Lui_Olesk, lk 28
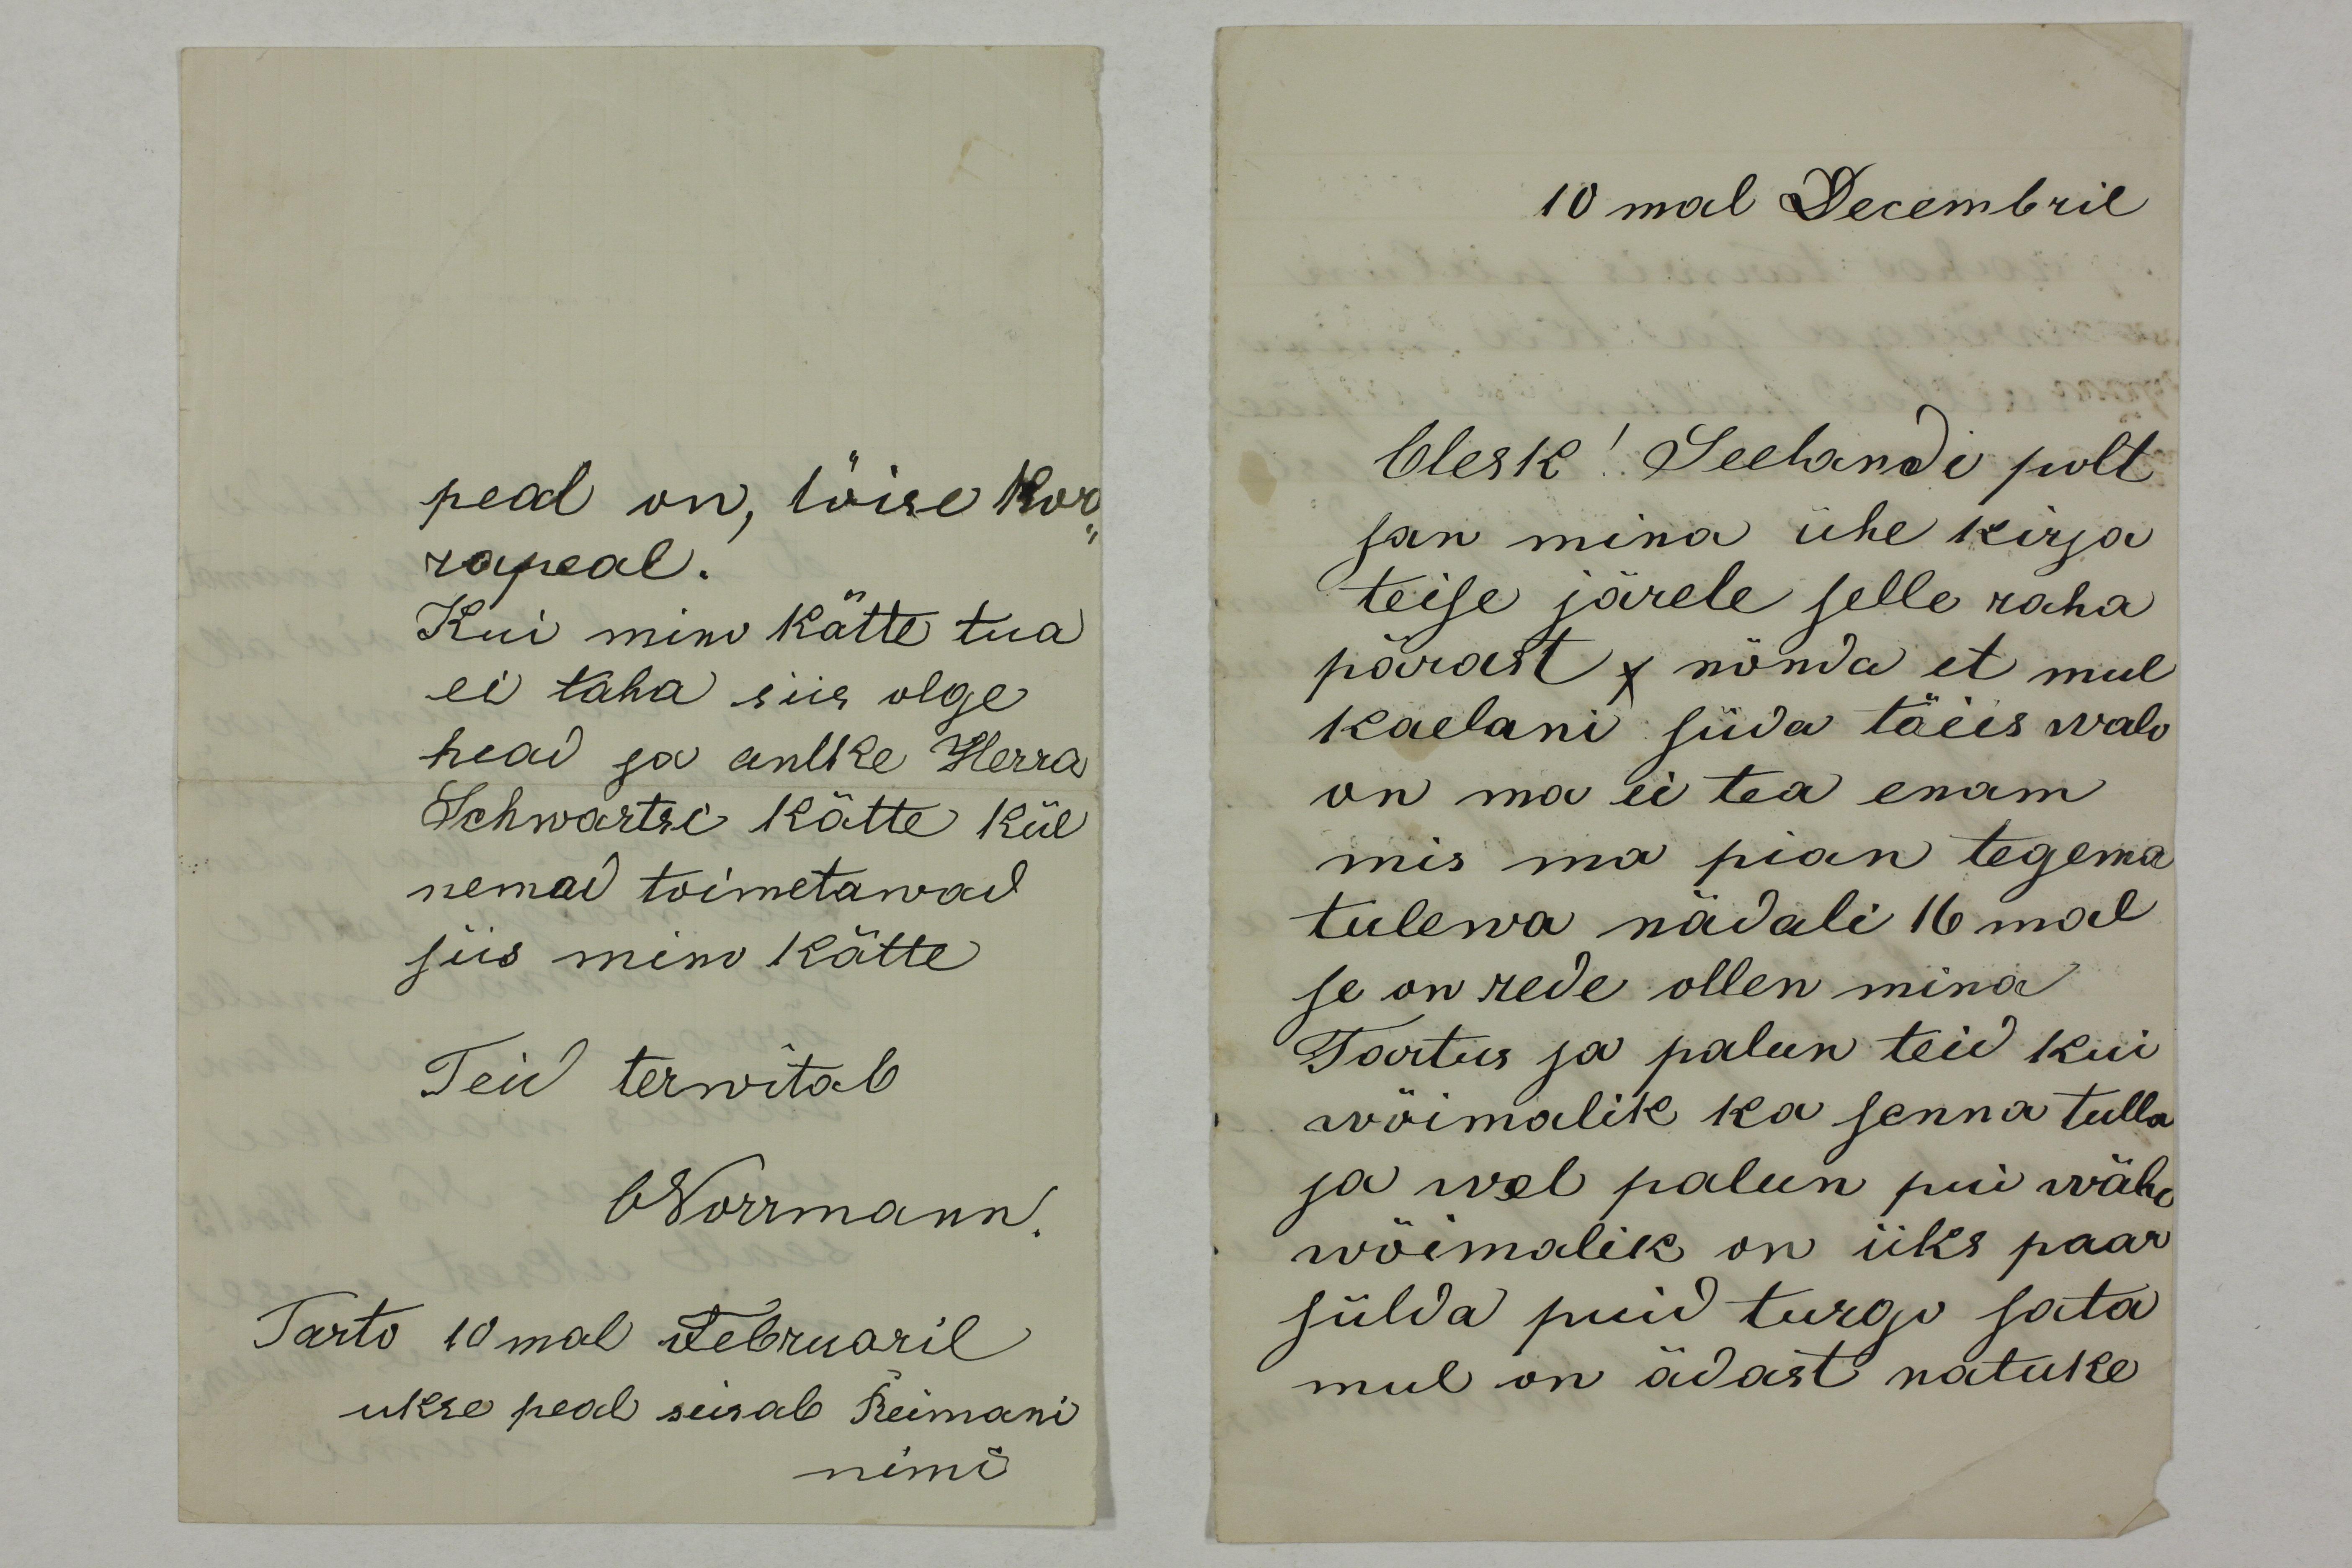
peal on, tõise kor-
rapeal.
Kui mino kätte tua
ei taha siis olge
head ja antke Herra
Schwartsi kätte kül
nemad toimetawad
siis mino kätte
Teid terwitab
ONorrmann.
Tarto 10mal Februaril
ukse peal seisab Reimani
nimi

10 mal Decembril
Olesk! Seelandi polt
san mina ühe kirja
teise järele selle raha
pärast s nõnda et mul
kaelani süda täiis walo
on ma ei tea enam
mis ma pian tegema
tulewa nädali 16mal
se on rede ollen mina
Tartus ja palun teid kui
wöimalik ka senna tulla
ja wel palun pui wähe
wõimalik on üks paar
sülda puid turgo sata
mul on ädast natuke